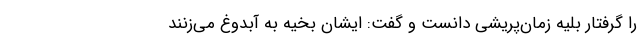
را گرفتار بلیه زمان‌پریشی دانست و گفت: ایشان بخیه به آبدوغ می‌زنند